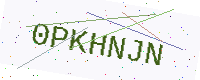
Text: 0PKHNJN